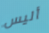
أليس